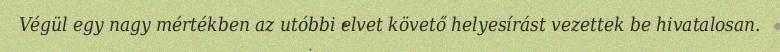
Végül egy nagy mértékben az utóbbi elvet követő helyesírást vezettek be hivatalosan.